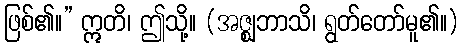
ဖြစ်၏။” ဣတိ၊ ဤသို့။ (အဇ္ဈဘာသိ၊ ရွတ်တော်မူ၏။)